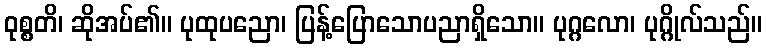
ဝုစ္စတိ၊ ဆိုအပ်၏။ ပုထုပညော၊ ပြန့်ပြောသောပညာရှိသော။ ပုဂ္ဂလော၊ ပုဂ္ဂိုလ်သည်။